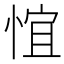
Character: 𪬃